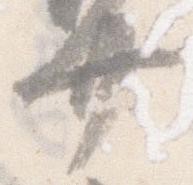
廿